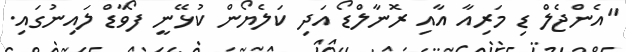
"އެންޖެލް ޑި މަރިއާ އާއި ރޮނާލްޑޯ އަދި ކަލެޔޯން ކުޅޭނީ ފޯވާޑް ލައިނުގައި.